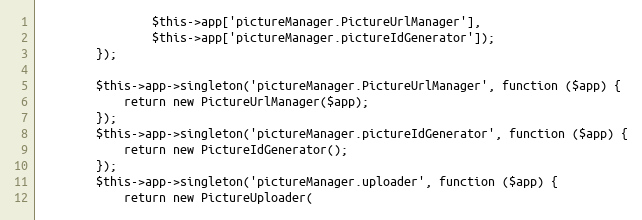
Language: PHP
                $this->app['pictureManager.PictureUrlManager'],
                $this->app['pictureManager.pictureIdGenerator']);
        });

        $this->app->singleton('pictureManager.PictureUrlManager', function ($app) {
            return new PictureUrlManager($app);
        });
        $this->app->singleton('pictureManager.pictureIdGenerator', function ($app) {
            return new PictureIdGenerator();
        });
        $this->app->singleton('pictureManager.uploader', function ($app) {
            return new PictureUploader(